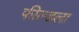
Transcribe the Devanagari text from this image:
फील्डला